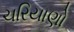
ચરિયાણો